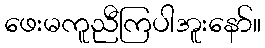
ဖေးမကူညီကြပါအူးနော်။